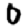
Digit: 0